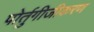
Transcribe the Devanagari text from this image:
पोर्तुगीजीकरण